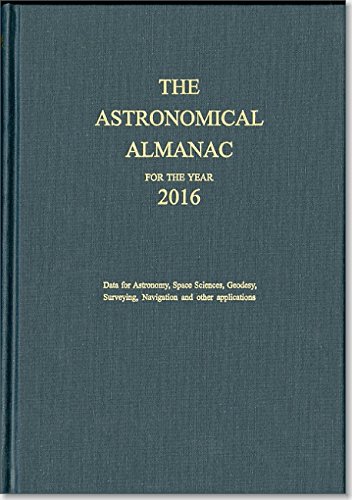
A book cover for Astronomical Almanac for the Year 2016 and Its Companion, The Astronomical Almanac Online; Science & Math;